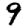
Digit: 9